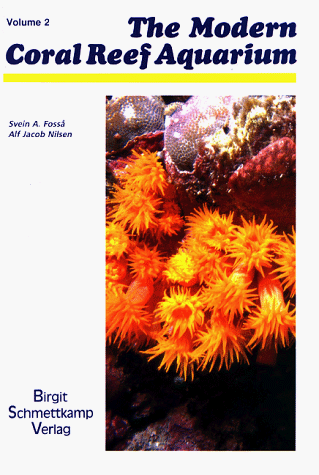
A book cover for The Modern Coral Reef Aquarium, Volume 2 (v. 2); Svein A. Fossa; Crafts, Hobbies & Home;